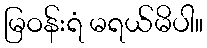
မြဝန်းရံ မရယ်မိပါ။